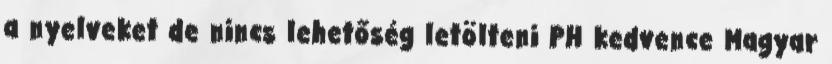
a nyelveket de nincs lehetőség letölteni PH kedvence Magyar